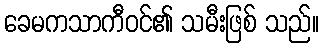
ခေမကသာကီဝင်၏ သမီးဖြစ် သည်။